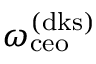
\omega _ { \mathrm { c e o } } ^ { \mathrm { ( d k s ) } }